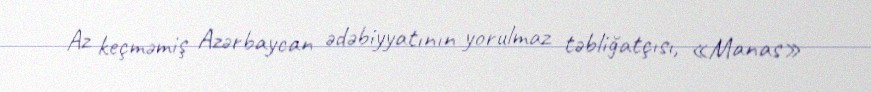
Az keçməmiş Azərbaycan ədəbiyyatının yorulmaz təbliğatçısı, «Manas»